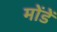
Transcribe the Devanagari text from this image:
मोंडें